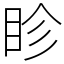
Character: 眕